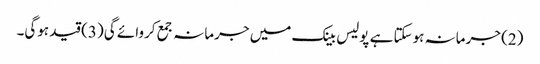
(2) جرمانہ ہوسکتا ہے پولیس بینک میں جرمانہ جمع کروائے گی (3) قید ہوگی۔